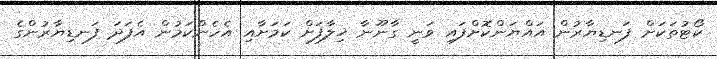
ކޯޓުތަކަށް ފަނޑިޔާރުން އައްޔަންކޮށްފައި ވަނީ ގާނޫނާ ޚިލާފަށް ކަމަށާއި އެހެންކަމުން އެފަދަ ފަނޑިޔާރުންގެ